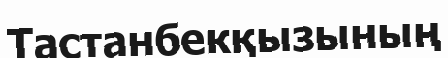
Тастанбекқызының